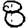
Digit: 8